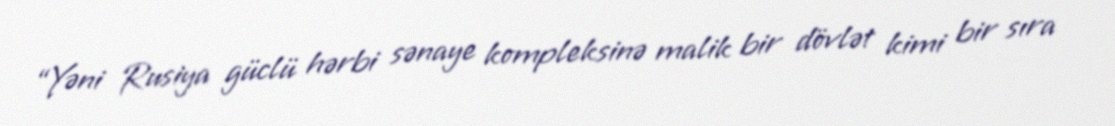
“Yəni Rusiya güclü hərbi sənaye kompleksinə malik bir dövlət kimi bir sıra